Indian journal of veterinary science and animal husbandry - Volume 6,
Year: 1936
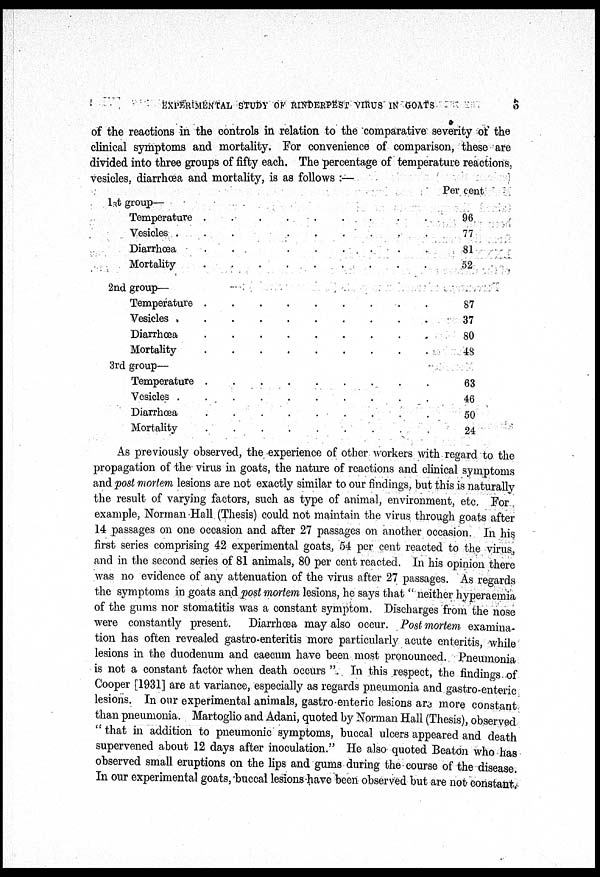
EXPERIMENTAL STUDY OF RINDERPEST VIRUS IN GOATS
3
of the reactions in the controls in relation to the comparative severity of the
clinical symptoms and mortality. For convenience of comparison, these are
divided into three groups of fifty each. The percentage of temperature reactions.
vesicles, diarrhœa and mortality, is as follows :—
1st group—
Temperature . . . . . . . . .
Vesicles . . . . . . . . .
Diarrhœa . . . . . . . . .
Mortality . . . . . . . . .
2nd group—
Temperature . . . . . . . . .
Vesicles . . . . . . . . . .
Diarrhœa . . . . . . . . .
Mortality . . . . . . . . .
3rd group—
Temperature . . . . . . . . .
Vesicles . . . . . . . . . .
Diarrhœa . . . . . . . . .
Mortality . . . . . . . . .
Per cent
96
77
81
52
87
37
80
48
63
46
50
24
As previously observed, the experience of other workers with regard to the
propagation of the virus in goats, the nature of reactions and clinical symptoms
and post mortem lesions are not exactly similar to our findings, but this is naturally
the result of varying factors, such as type of animal, environment, etc. For
example, Norman Hall (Thesis) could not maintain the virus through goats after
14 passages on one occasion and after 27 passages on another occasion. In his
first series comprising 42 experimental goats, 54 per cent reacted to the virus,
and in the second series of 81 animals, 80 per cent reacted. In his opinion there
was no evidence of any attenuation of the virus after 27 passages. As regards
the symptoms in goats and post mortem lesions, he says that " neither hyperaemia
of the gums nor stomatitis was a constant symptom. Discharges from the nose
were constantly present. Diarrhœa may also occur. Post mortem examina-
tion has often revealed gastro-enteritis more particularly acute enteritis, while
lesions in the duodenum and caecum have been most pronounced. Pneumonia
is not a constant factor when death occurs ". In this respect, the findings of
Cooper [1931] are at variance, especially as regards pneumonia and gastro-enteric
lesions. In our experimental animals, gastro-enteric lesions are more constant
than pneumonia. Martoglio and Adani, quoted by Norman Hall (Thesis), observed
" that in addition to pneumonic symptoms, buccal ulcers appeared and death
supervened about 12 days after inoculation." He also quoted Beaton who has
observed small eruptions on the lips and gums during the course of the disease.
In our experimental goats, buccal lesions-have been observed but are not constant.